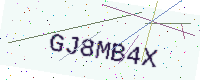
Text: GJ8MB4X